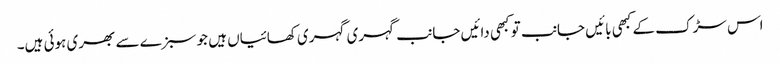
اس سڑک کے کبھی بائیں جانب تو کبھی دائیں جانب گہری گہری کھائیاں ہیں جو سبزے سے بھری ہوئی ہیں۔